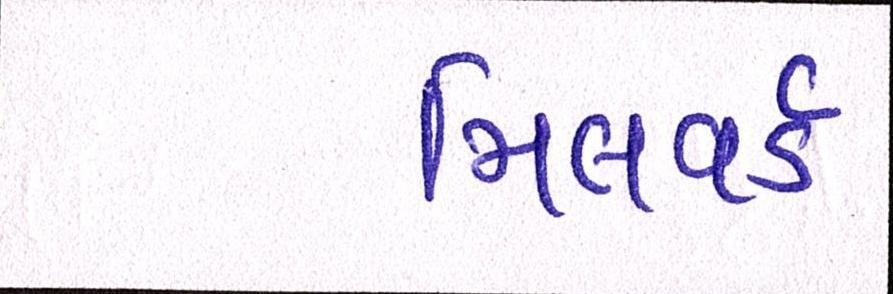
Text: મિલવર્ડ